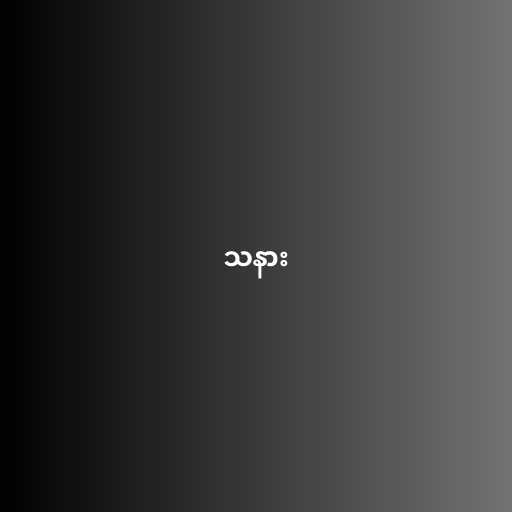
သနား